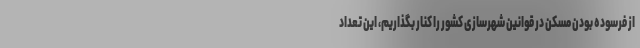
از فرسوده بودن مسکن در قوانین شهرسازی کشور را کنار بگذاریم، این تعداد